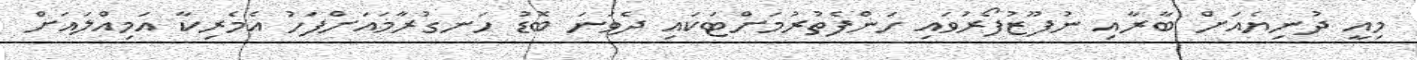
މިއީ ދުނިޔެއަށް ބާރާއި ނުފޫޒުފޯރުވައި ހަންފެތުރުމަށްޓަކައި ދެވަނަ ބޮޑު ހަނގުރާމައަށްފަހު އެމެރިކާ އަމިއްލައަށް